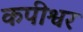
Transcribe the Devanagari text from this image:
कपीश्वर